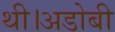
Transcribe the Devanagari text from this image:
थी।अडोबी